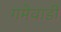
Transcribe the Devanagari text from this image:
गमेवाडी